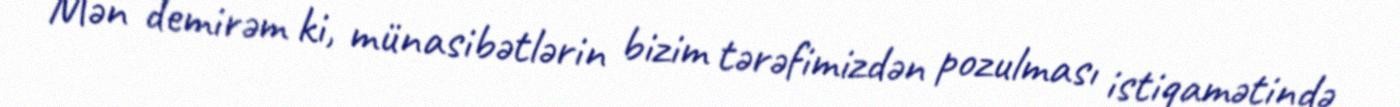
Mən demirəm ki, münasibətlərin bizim tərəfimizdən pozulması istiqamətində